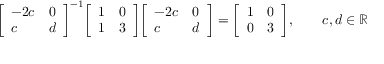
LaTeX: { \left[ \begin{array} { l l } { - 2 c } & { 0 } \\ { c } & { d } \end{array} \right] } ^ { - 1 } { \left[ \begin{array} { l l } { 1 } & { 0 } \\ { 1 } & { 3 } \end{array} \right] } { \left[ \begin{array} { l l } { - 2 c } & { 0 } \\ { c } & { d } \end{array} \right] } = { \left[ \begin{array} { l l } { 1 } & { 0 } \\ { 0 } & { 3 } \end{array} \right] } , \qquad c , d \in \mathbb { R }